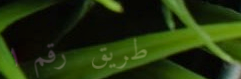
طريق رقم ١